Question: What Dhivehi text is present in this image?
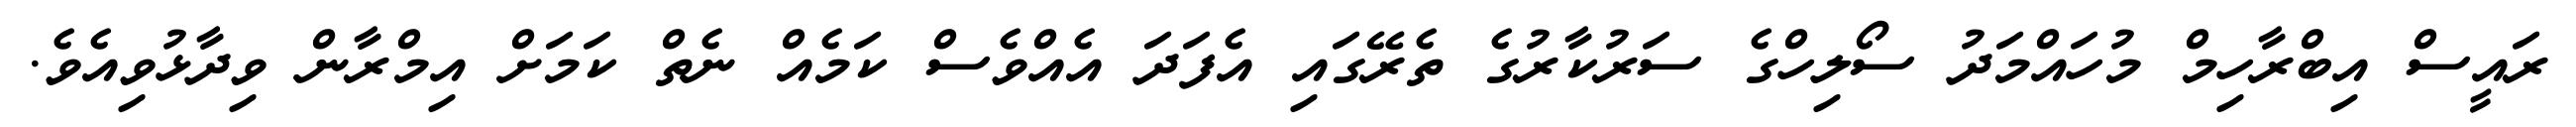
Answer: ރައީސް އިބްރާހިމް މުހައްމަދު ސޯލިހްގެ ސަރުކާރުގެ ތެރޭގައި އެފަދަ އެއްވެސް ކަމެއް ނެތް ކަމަށް އިމްރާން ވިދާޅުވިއެވެ.